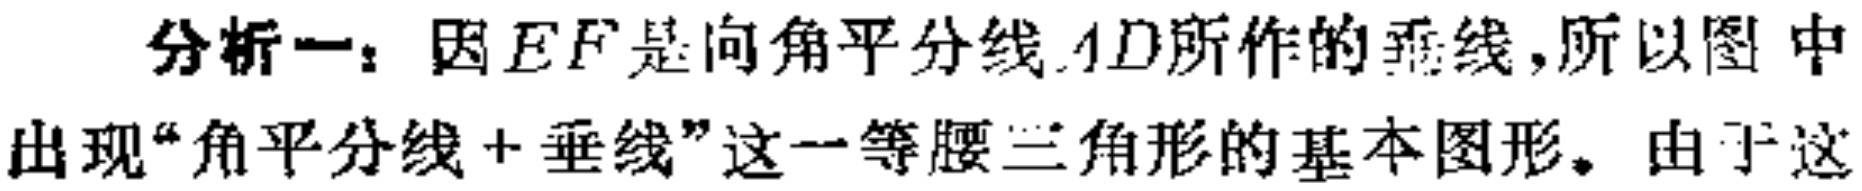
分析一：因\(EF\)是向角平分线\(AD\)所作的垂线，所以图 中出现“角平分线+垂线”这一等腰三角形的基本图形。由于这